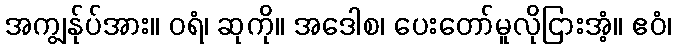
အကျွန်ုပ်အား။ ဝရံ၊ ဆုကို။ အဒေါစ၊ ပေးတော်မူလိုငြားအံ့။ ဧဝံ၊